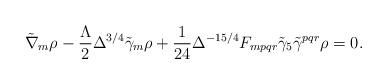
LaTeX: \begin{align*}\tilde{\nabla}_m \rho - \frac {\Lambda}{2}\Delta^{3/4} \tilde{\gamma}_m \rho + \frac {1}{24} \Delta^{-15/4} F_{mpqr} \tilde{\gamma}_5 \tilde{\gamma}^{pqr} \rho =0.\end{align*}